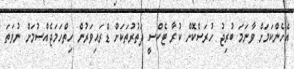
އެހެންކަމަށް ވާނަމަ ބުރިޖު ހުރަސްކޮށް ކުރާ ޓެކްސީ ދަތުރުތަކަށް ޑްރައިވަރުން ހިތްހަމަޖެއްސުމަށް ނުވަތަ